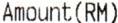
AMOUNT(RM)